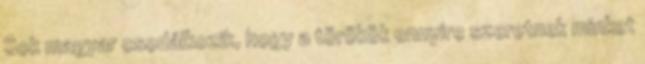
Sok magyar csodálkozik, hogy a törökök ennyire szeretnek minket